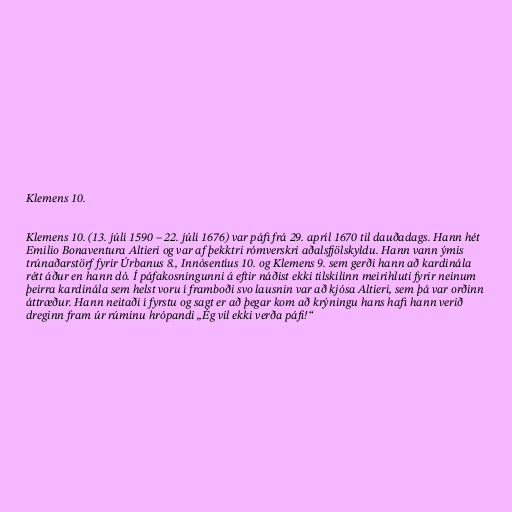
Klemens 10.

Klemens 10. (13. júlí 1590 – 22. júlí 1676) var páfi frá 29. apríl 1670 til dauðadags. Hann hét
Emilio Bonaventura Altieri og var af þekktri rómverskri aðalsfjölskyldu. Hann vann ýmis
trúnaðarstörf fyrir Úrbanus 8., Innósentíus 10. og Klemens 9. sem gerði hann að kardinála
rétt áður en hann dó. Í páfakosningunni á eftir náðist ekki tilskilinn meirihluti fyrir neinum
þeirra kardinála sem helst voru í framboði svo lausnin var að kjósa Altieri, sem þá var orðinn
áttræður. Hann neitaði í fyrstu og sagt er að þegar kom að krýningu hans hafi hann verið
dreginn fram úr rúminu hrópandi „Ég vil ekki verða páfi!“